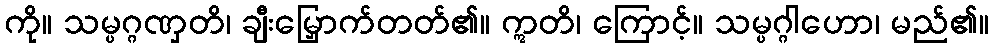
ကို။ သမ္ပဂ္ဂဏှတိ၊ ချီးမြှောက်တတ်၏။ ဣတိ၊ ကြောင့်။ သမ္ပဂ္ဂါဟော၊ မည်၏။